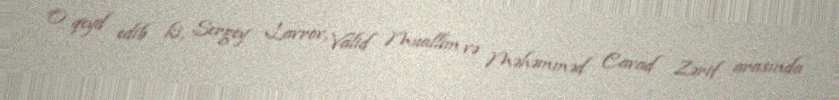
O qeyd edib ki, Sergey Lavrov, Valid Muallim və Məhəmməd Cavad Zərif arasında